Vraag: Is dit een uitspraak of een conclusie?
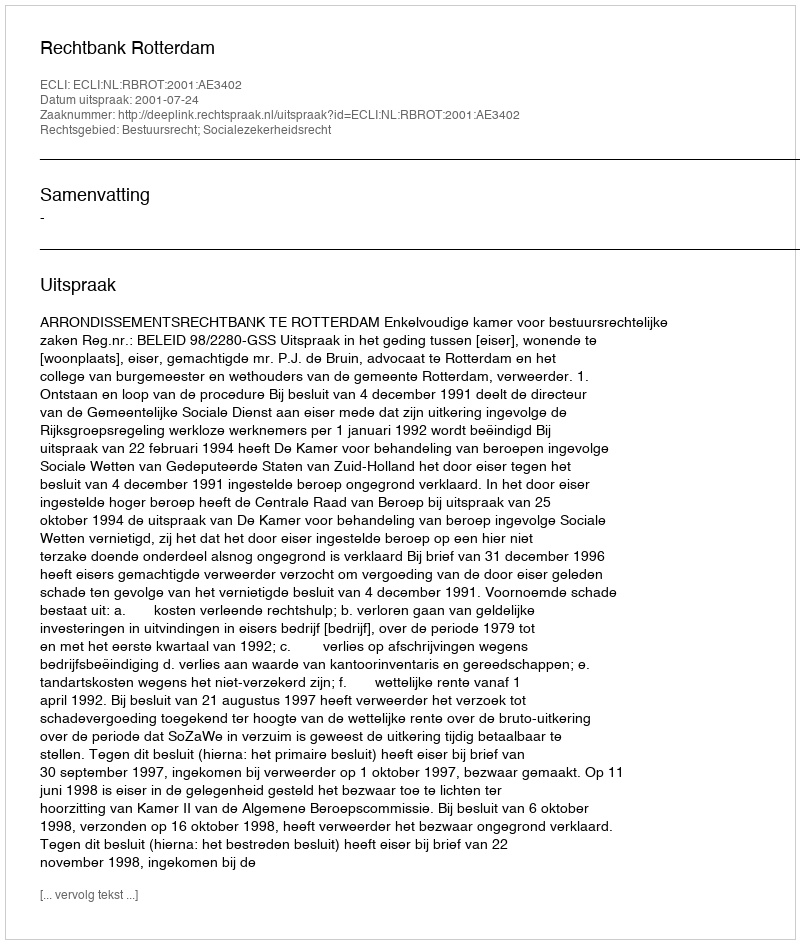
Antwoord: Uitspraak